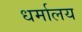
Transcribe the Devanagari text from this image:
धर्मालय